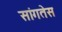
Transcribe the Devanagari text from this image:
सांगतेस